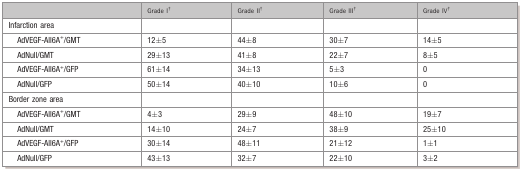
<table><thead><tr><td></td><td><b>Grade I*</b></td><td><b>Grade II*</b></td><td><b>Grade III*</b></td><td><b>Grade IV*</b></td></tr></thead><tbody><tr><td>Infarction area</td><td></td><td></td><td></td><td></td></tr><tr><td>AdVEGF‐All6A<sup>+</sup>/GMT</td><td>12±5</td><td>44±8</td><td>30±7</td><td>14±5</td></tr><tr><td>AdNull/GMT</td><td>29±13</td><td>41±8</td><td>22±7</td><td>8±5</td></tr><tr><td>AdVEGF‐All6A<sup>+</sup>/GFP</td><td>61±14</td><td>34±13</td><td>5±3</td><td>0</td></tr><tr><td>AdNull/GFP</td><td>50±14</td><td>40±10</td><td>10±6</td><td>0</td></tr><tr><td>Border zone area</td><td></td><td></td><td></td><td></td></tr><tr><td>AdVEGF‐All6A<sup>+</sup>/GMT</td><td>4±3</td><td>29±9</td><td>48±10</td><td>19±7</td></tr><tr><td>AdNull/GMT</td><td>14±10</td><td>24±7</td><td>38±9</td><td>25±10</td></tr><tr><td>AdVEGF‐All6A<sup>+</sup>/GFP</td><td>30±14</td><td>48±11</td><td>21±12</td><td>1±1</td></tr><tr><td>AdNull/GFP</td><td>43±13</td><td>32±7</td><td>22±10</td><td>3±2</td></tr></tbody></table>